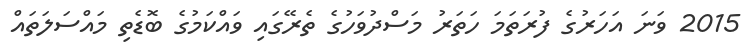
2015 ވަނަ އަހަރުގެ ފުރަތަމަ ހަތަރު މަސްދުވަހުގެ ތެރޭގައި ވައްކަމުގެ ބޮޑެތި މައްސަލަތައް